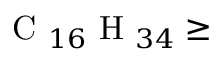
\mathrm { ~ C ~ } _ { 1 6 } \mathrm { ~ H ~ } _ { 3 4 } \geq